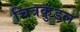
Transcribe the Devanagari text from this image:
चित्रकुंडल